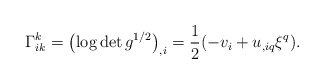
\begin{align*}\Gamma_{ik}^k=\left(\log \det g^{1/2}\right)_{,i}=\frac{1}{2}(-v_i+u_{,iq}\xi^q).\end{align*}